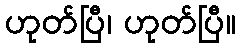
ဟုတ်ပြီ၊ ဟုတ်ပြီ။